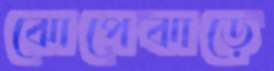
ঝোপেঝাড়ে